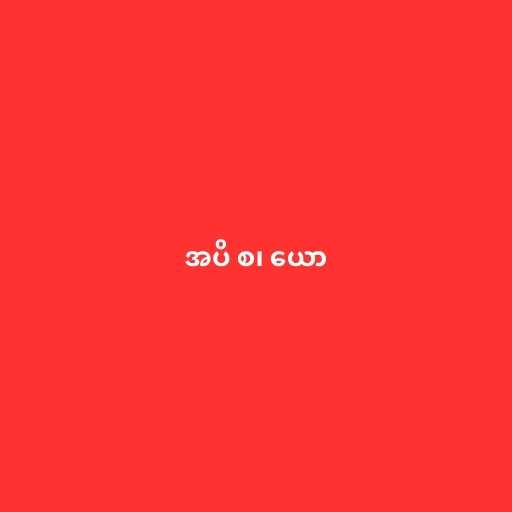
အပိ စ၊ ယော